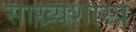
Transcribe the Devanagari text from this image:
साख्यशास्त्र